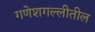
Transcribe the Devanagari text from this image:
गणेशगल्लीतील